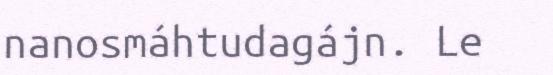
nanosmáhtudagájn. Le